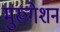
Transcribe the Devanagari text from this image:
मुरूगेशन